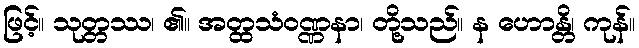
ဖြင့်။ သုတ္တဿ၊ ၏။ အတ္ထသံဝဏ္ဏနာ၊ တို့သည်။ န ဟောန္တိ၊ ကုန်။